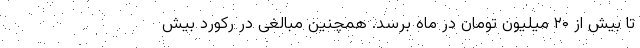
تا بیش از ۲۰ میلیون تومان در ماه برسد. همچنین مبالغی در رکورد بیش